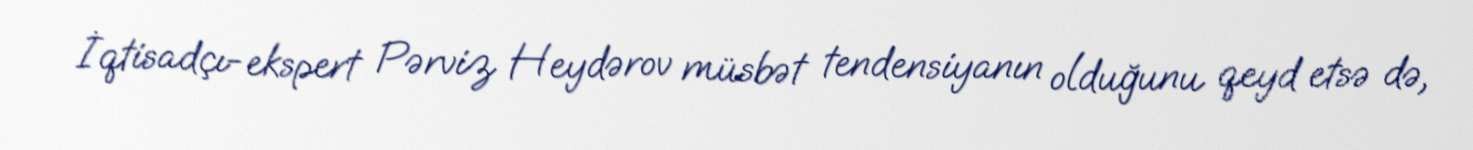
İqtisadçı-ekspert Pərviz Heydərov müsbət tendensiyanın olduğunu qeyd etsə də,